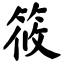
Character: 筱